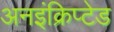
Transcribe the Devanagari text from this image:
अनइंक्रिप्टेड